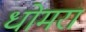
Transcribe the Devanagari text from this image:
धोमरा